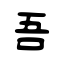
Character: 吾